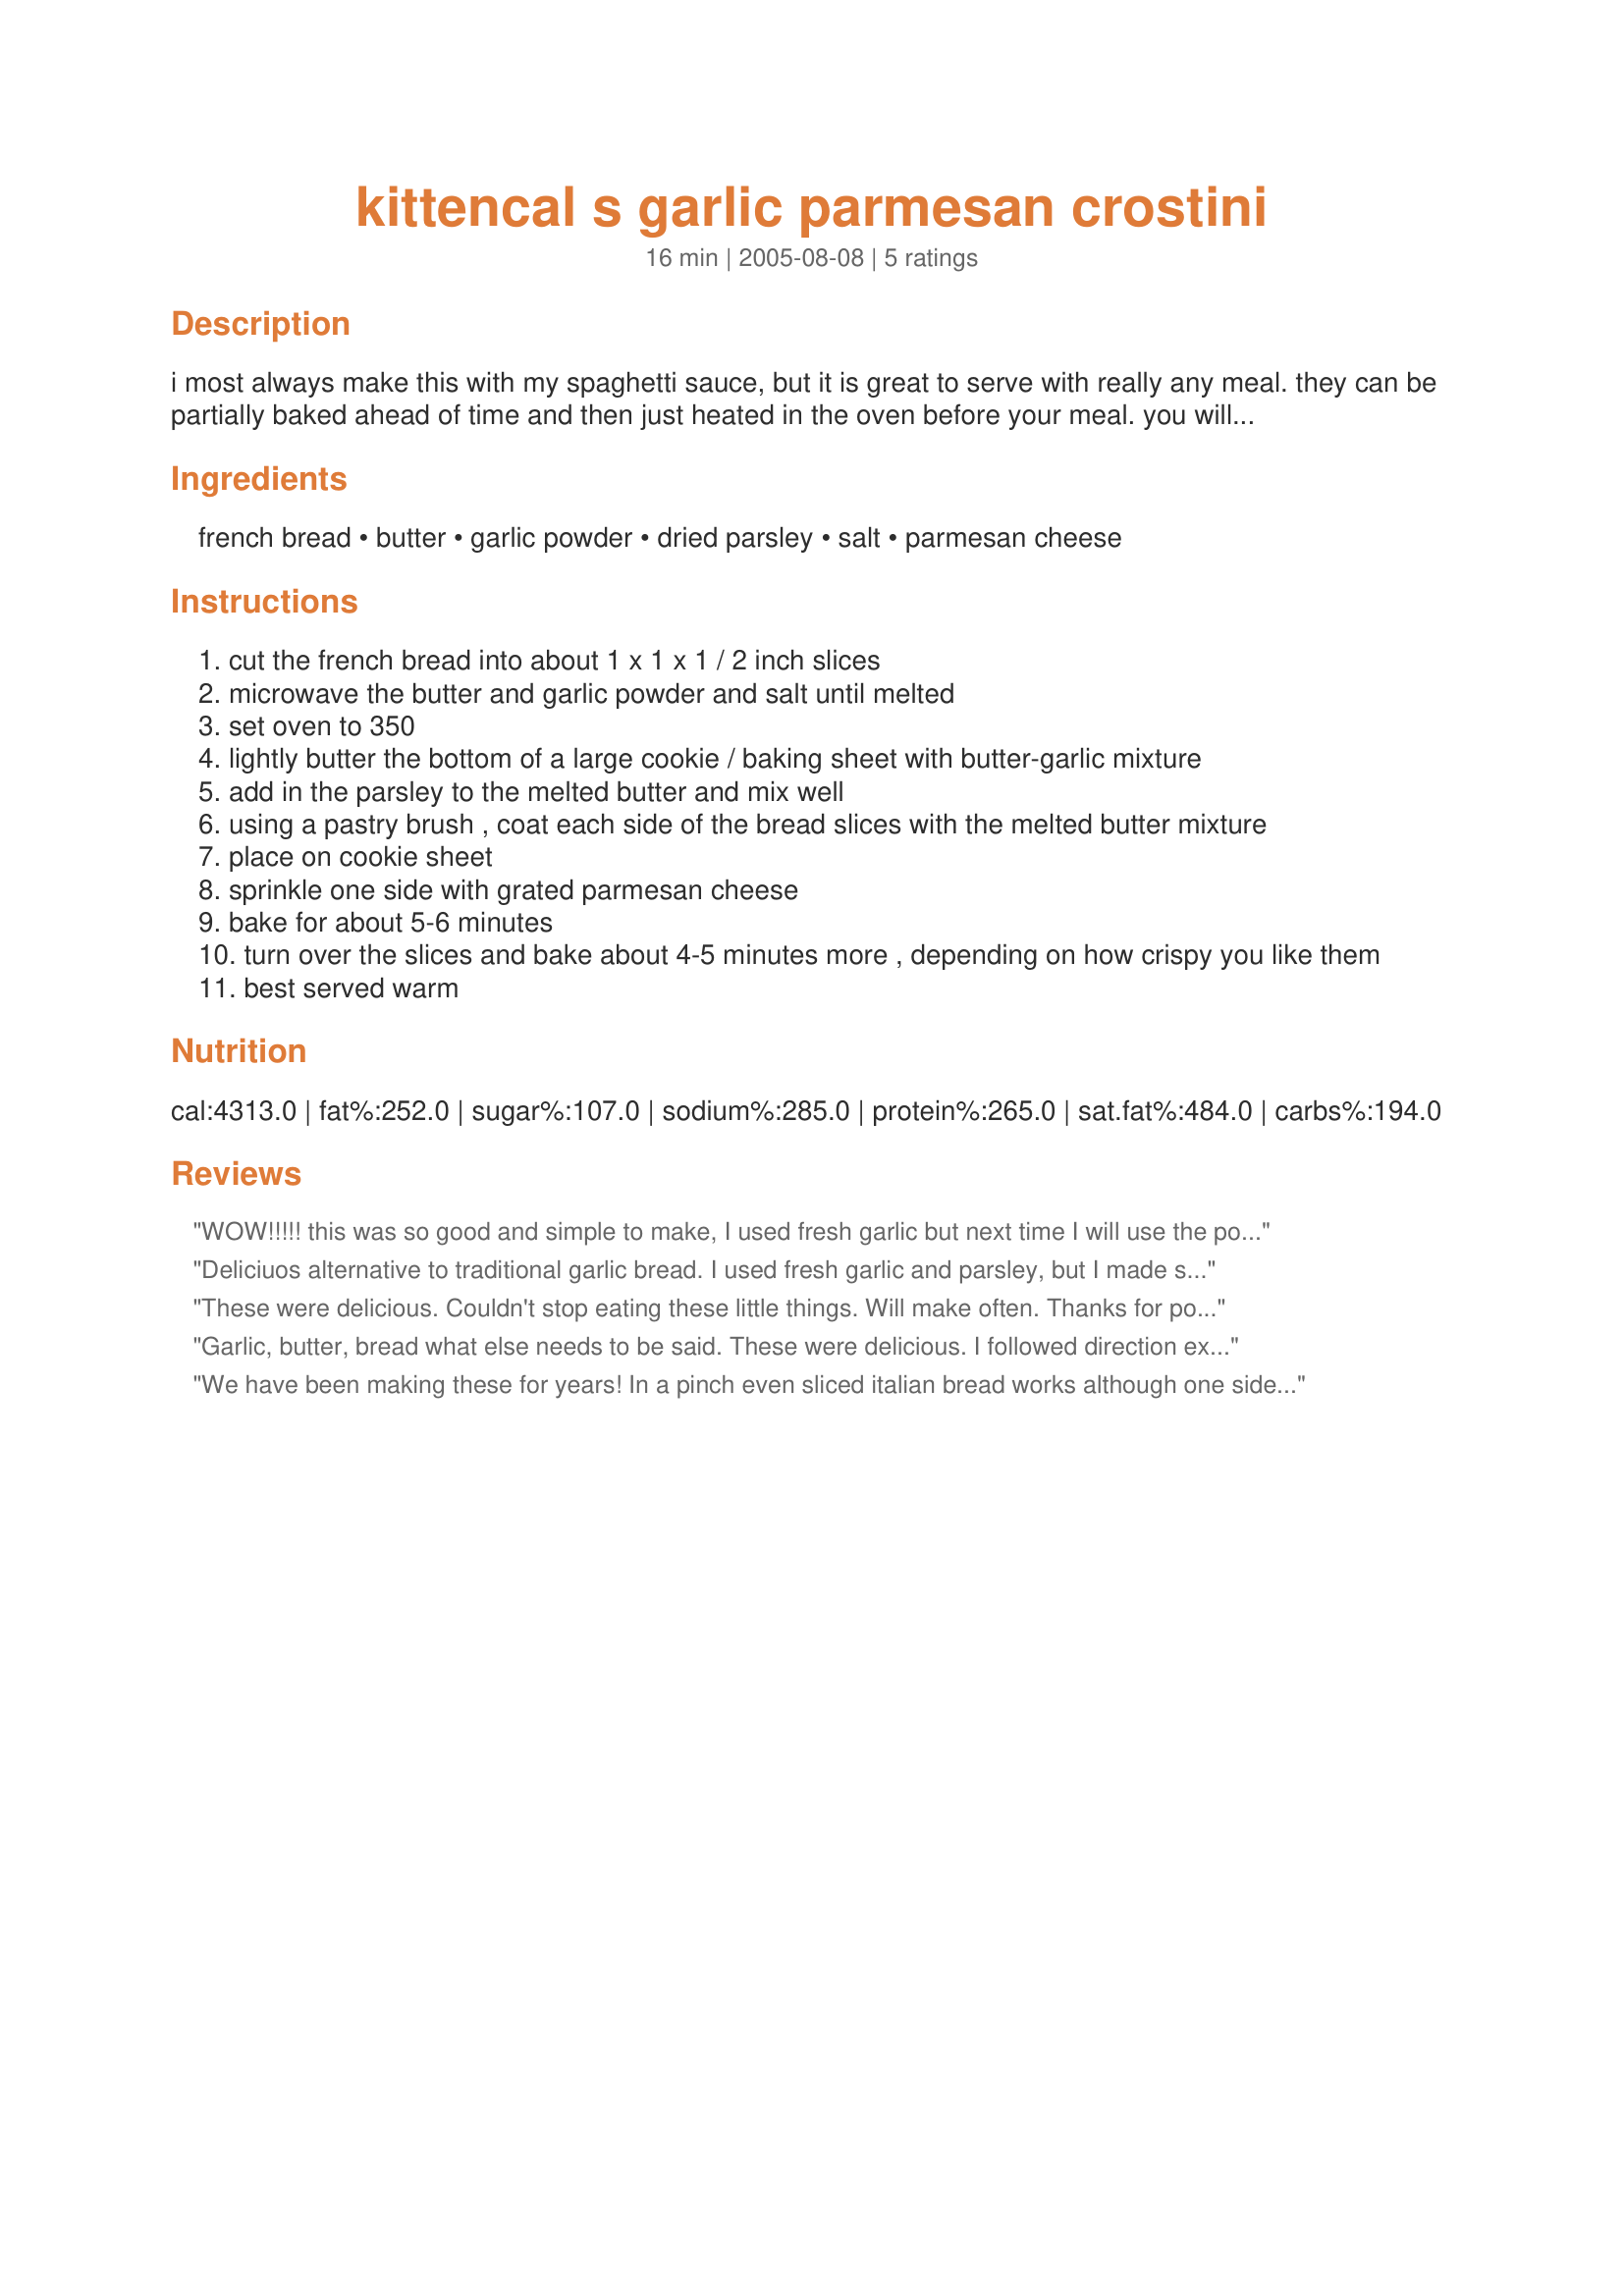
kittencal s garlic parmesan crostini
Preparation time: 16 minutes

i most always make this with my spaghetti sauce, but it is great to serve with really any meal. they can be partially baked ahead of time and then just heated in the oven before your meal. you will be lucky if these even make it to the table lol! i always make two loaves of bread. you can use fresh minced parsley also for this.

Ingredients:
french bread, butter, garlic powder, dried parsley, salt, parmesan cheese

Steps:
cut the french bread into about 1 x 1 x 1 / 2 inch slices
microwave the butter and garlic powder and salt until melted
set oven to 350
lightly butter the bottom of a large cookie / baking sheet with butter-garlic mixture
add in the parsley to the melted butter and mix well
using a pastry brush , coat each side of the bread slices with the melted butter mixture
place on cookie sheet
sprinkle one side with grated parmesan cheese
bake for about 5-6 minutes
turn over the slices and bake about 4-5 minutes more , depending on how crispy you like them
best served warm

Reviews:
WOW!!!!! this was so good and simple to make, I used fresh garlic but next time I will use the powder, the fresh garlic did not combine well with the butter and cheese and stayed on the bottom of the cup, garlic powder for sure the next time around! It was still fantastic, I made mine really crisp. Thank you.
Deliciuos alternative to traditional garlic bread. I used fresh garlic and parsley, but I made sure to really mash the garlic into the butter.
These were delicious. Couldn't stop eating these little things. Will make often. Thanks for posting.
Garlic, butter, bread what else needs to be said. These were delicious. I followed direction exactly and will definately make again.
Lisa
We have been making these for years! In a pinch even sliced italian bread works although one side is basically flavorless. My children beg for this quite often and are even known to just spread bread with soft butter, sprinkle it with garlic powder and parsley flakes then sprinkle with parmesan and place it under the broiler for a quick after school snack. This is a wonderfully tasty recipe.
